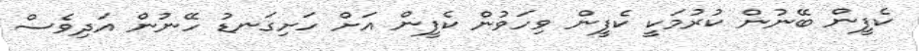
ކެފީން ބޭނުން ކުރުމަކީ ކެފީން ވިހަވުން ކެފީން އަށް ހަށިގަނޑު ހޭނުން އަދިވެސް